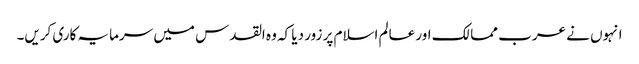
انہوں نے عرب ممالک اور عالم اسلام پر زور دیا کہ وہ القدس میں سرمایہ کاری کریں۔